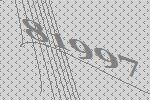
81997